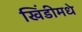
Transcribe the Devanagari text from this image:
खिंडीमधे